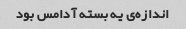
اندازه‌ی یه بسته آدامس بود